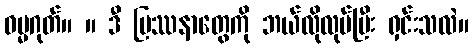
ဓမ္မဂုတ်။ ။ ဒီ ပြဿနာတွေကို ဘယ်လိုလုပ်ပြီး ရှင်းသလဲ။